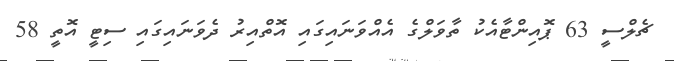
ޗެލްސީ 63 ޕޮއިންޓާއެކު ތާވަލްގެ އެއްވަނައިގައި އޮތްއިރު ދެވަނައިގައި ސިޓީ އޮތީ 58